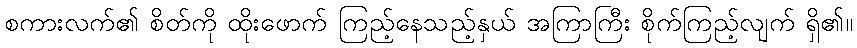
စကားလက်၏ စိတ်ကို ထိုးဖောက် ကြည့်နေသည့်နှယ် အကြာကြီး စိုက်ကြည့်လျက် ရှိ၏။